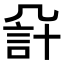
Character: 𧦔